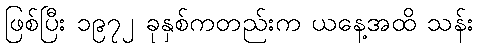
ဖြစ်ပြီး ၁၉၇၂ ခုနှစ်ကတည်းက ယနေ့အထိ သန်း